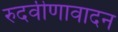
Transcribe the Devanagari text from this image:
रुदवीणावादन